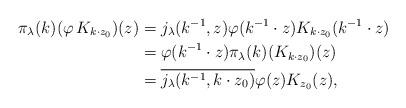
LaTeX: \begin{align*}\pi_\lambda(k)(\varphi\, K_{k\cdot z_0})(z) & = j_\lambda(k^{-1},z)\varphi(k^{-1}\cdot z) K_{k\cdot z_0}(k^{-1}\cdot z) \\ & = \varphi(k^{-1}\cdot z) \pi_\lambda(k) (K_{k\cdot z_0})(z) \\ & = \overline{j_\lambda(k^{-1},k\cdot z_0)}\varphi(z)K_{z_0}(z), \end{align*}